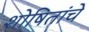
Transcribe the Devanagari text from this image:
शोषितांचे